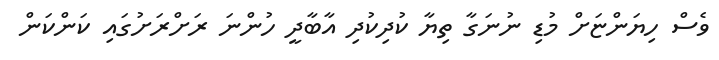
ވެސް ހިޔަންޏަށް މުޑި ނުނަގާ ތިޔާ ކުދިކުދި އާބާދީ ހުންނަ ރަށްރަށުގައި ކަންކަން